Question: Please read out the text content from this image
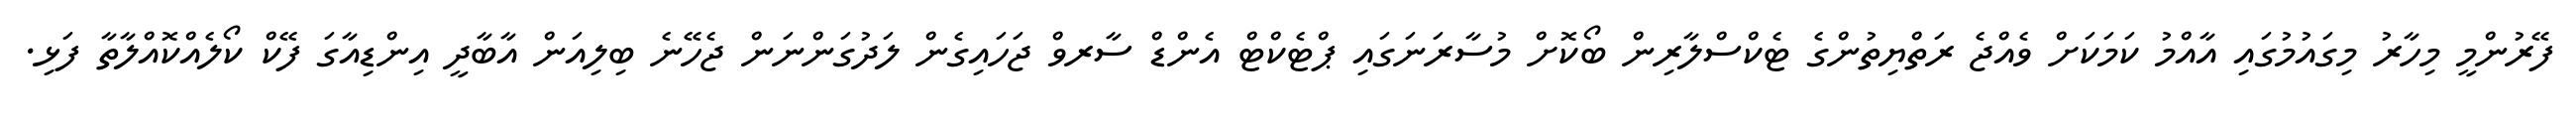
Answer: ފޭރުންމީ މިހާރު މިގައުމުގައި އާއްމު ކަމަކަށް ވެއްޖެ ރަތްޔިތުންގެ ޓެކްސްލާރިން ބޯކޮށް މުސާރަނަގައި ޕްޓެކްޓް އެންޑް ސާރވް ޖަހައިގެން ލަދުގަންނަން ޖެހޭނެ ބިލިއަން އާބާދީ އިންޑިއާގަ ފޭކް ކޯލެއްކޮއްލާތާ ފަޅި.